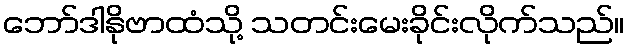
ဘော်ဒါနိုဗာထံသို့ သတင်းမေးခိုင်းလိုက်သည်။